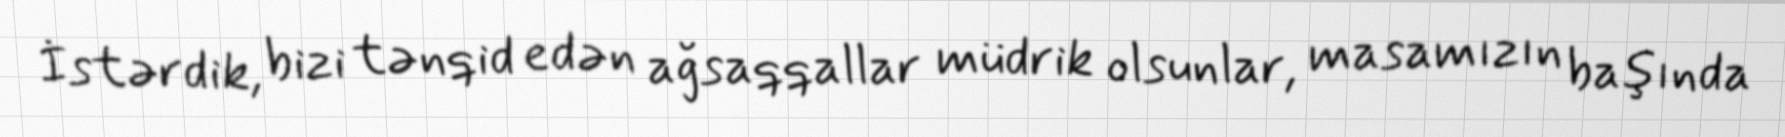
İstərdik, bizi tənqid edən ağsaqqallar müdrik olsunlar, masamızın başında